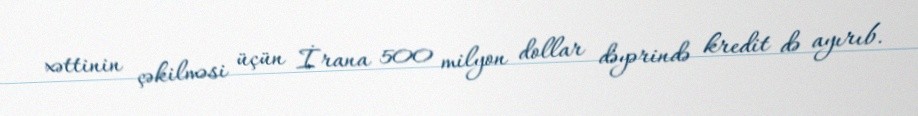
xəttinin çəkilməsi üçün İrana 500 milyon dollar dəyərində kredit də ayırıb.